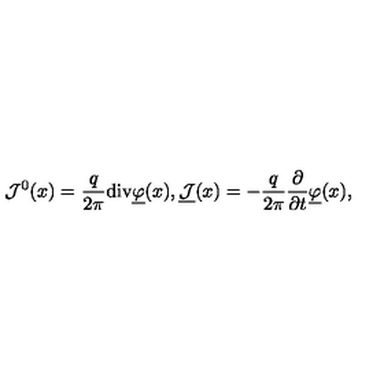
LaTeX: { \mathcal J } ^ { 0 } ( x ) = \frac { q } { 2 \pi } \mathrm { d i v } \underline { { \varphi } } ( x ) , \underline { { { \mathcal J } } } ( x ) = - \frac { q } { 2 \pi } \frac { \partial } { \partial t } \underline { { \varphi } } ( x ) ,